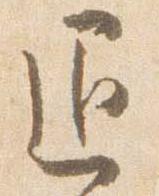
退